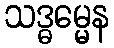
သဒ္ဓမ္မေန